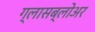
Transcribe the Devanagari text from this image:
ग्लासब्लोअर